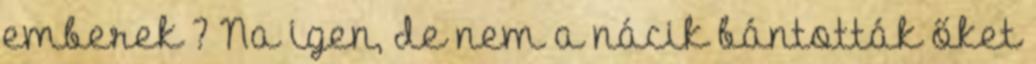
emberek ? Na igen, de nem a nácik bántották őket